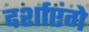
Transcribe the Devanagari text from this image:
दर्शाएंगे